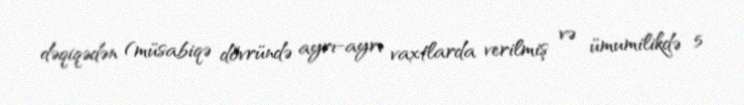
dəqiqədən (müsabiqə dövründə ayrı-ayrı vaxtlarda verilmiş və ümumilikdə 5